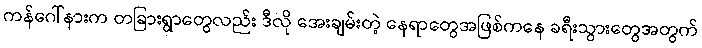
ကန်ဂေါ်နားက တခြားရွာတွေလည်း ဒီလို အေးချမ်းတဲ့ နေရာတွေအဖြစ်ကနေ ခရီးသွားတွေအတွက်